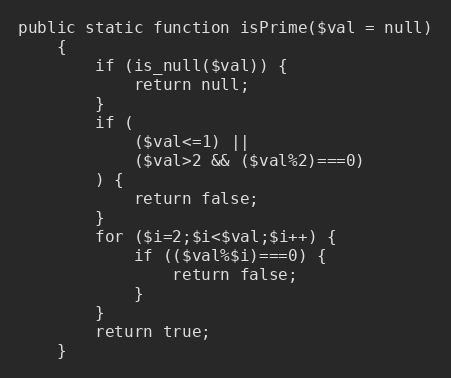
Language: PHP
public static function isPrime($val = null)
    {
        if (is_null($val)) {
            return null;
        }
        if (
            ($val<=1) ||
            ($val>2 && ($val%2)===0)
        ) {
            return false;
        }
        for ($i=2;$i<$val;$i++) {
            if (($val%$i)===0) {
                return false;
            }
        }
        return true;
    }